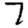
Digit: 7